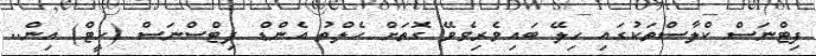
ފިޓްނަސް ކްލާސްތަކުގައި ހިލޭ ބައިވެރިވެވޭ ގޮތަށް ހެލްތު އެންޑް ފިޓްސްނަސް (ހީޓް) އިން..